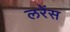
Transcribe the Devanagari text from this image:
लरेंस